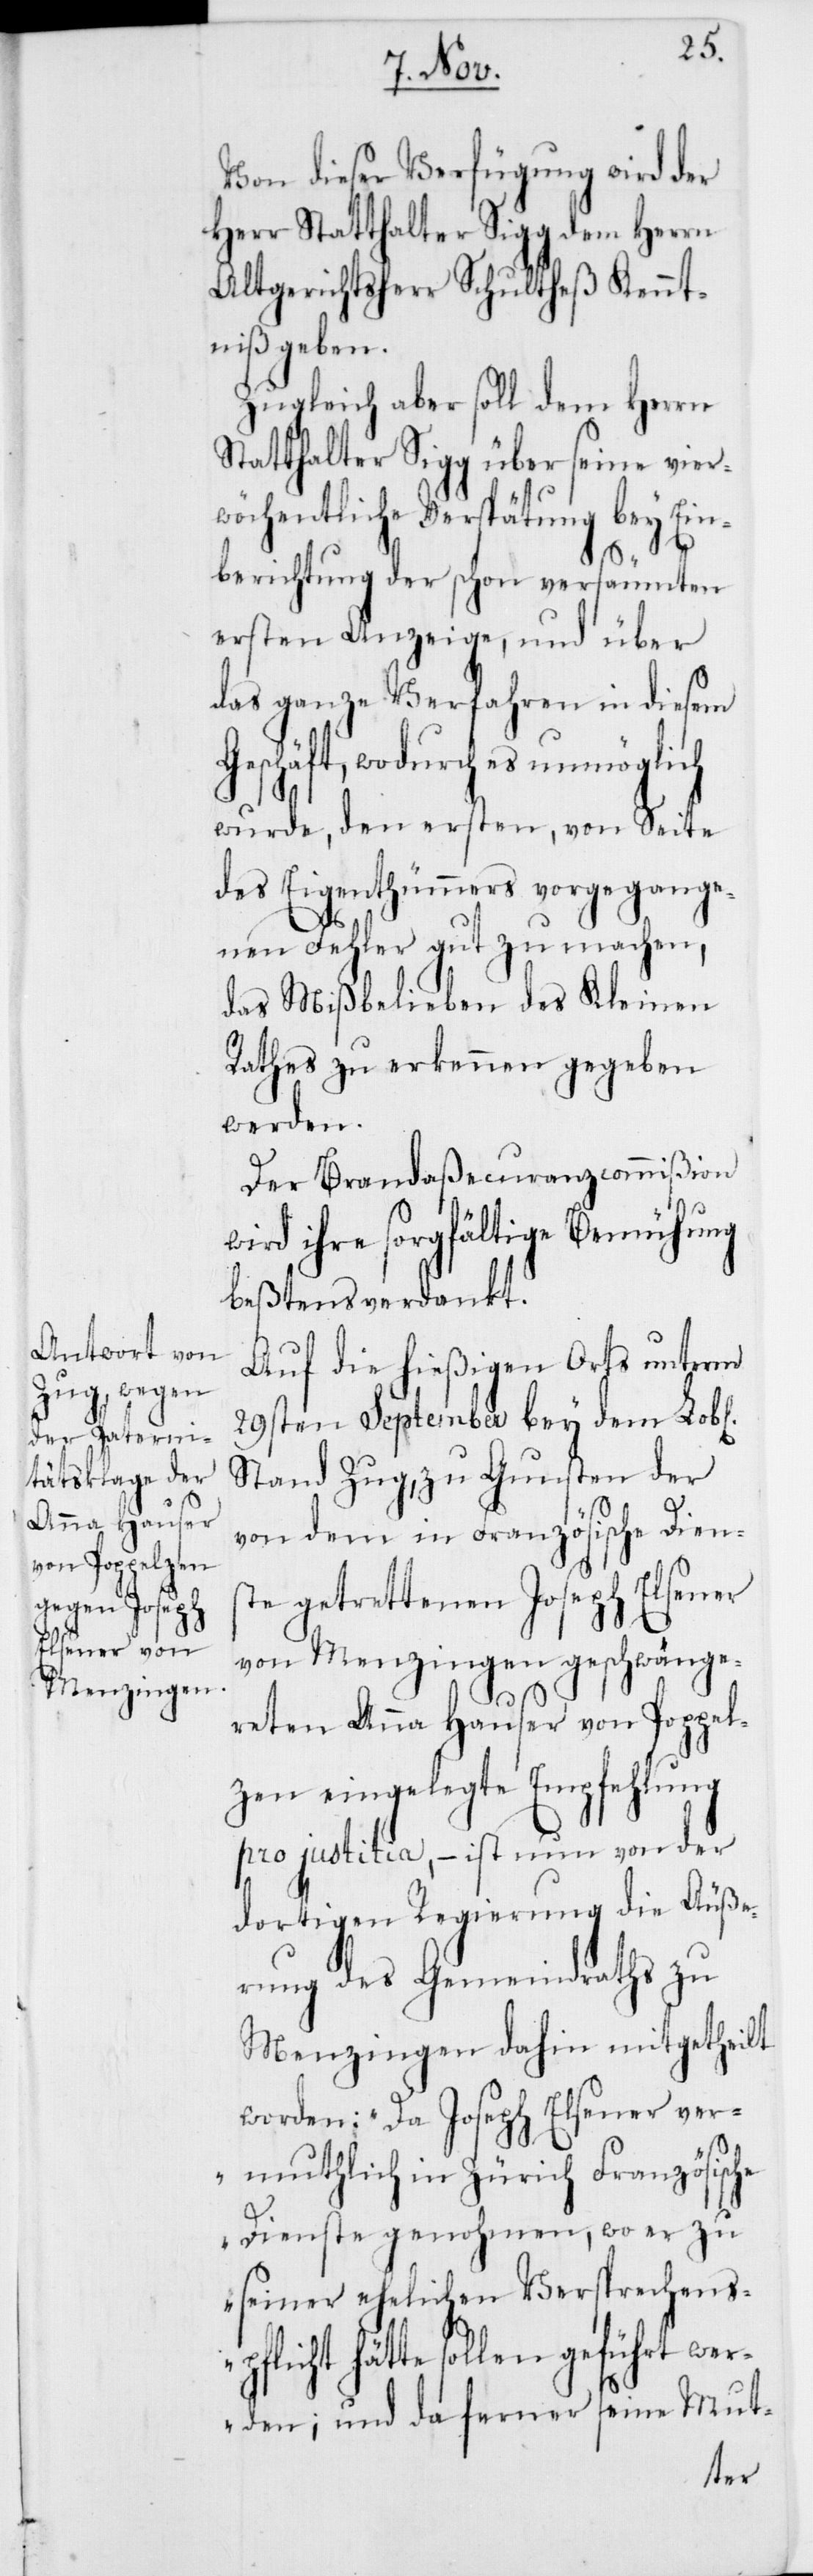
l[ichen]

Von dieser Verfügung wird der
Herr Statthalter Sigg dem Herrn
Altgerichtsherr Schultheß Kennt¬
niß geben.
Zugleich aber soll dem Herrn
Statthalter Sigg über seine vier¬
wöchtenliche Verspätung bey Ein¬
berichtung der schon versäumten
ersten Anzeige, und über
das ganze Verfahren in diesem
Geschäft, wodurch es unmöglich
wurde, den ersten, von Seite
des Eigenthümmers vorgegange¬
nen Fehler gutzumachen,
das Mißbelieben des Kleinen
Rathes zu erkennen gegeben
werden.
Der Brandaßecuranzcommißion
wird ihre sorgfältige Bemühung
beßtens verdankt.
Auf die hießigen Orts unterm
29sten September bey dem Lob¬
Stand Zug, zu Gunsten der
von dem in Französische Diens¬
te getrettenen Joseph Elsener
von Menzingen geschwänge¬
reten Anna Hauser von Poppel¬
zen eingelegte Empfehlung
pro justitia, – ist nun von der
dortigen Regierung die Äuße¬
rung des Gemeindraths zu
Menzingen dahin mitgetheilt
worden: „Da Joseph Elsener ver¬
muthlich in Zürich Französische
Dienste genohmen, wo er zu
seiner ehelichen Versprechens¬
pflicht hätte sollen geführt wer¬
den; und da ferner seine Mut-